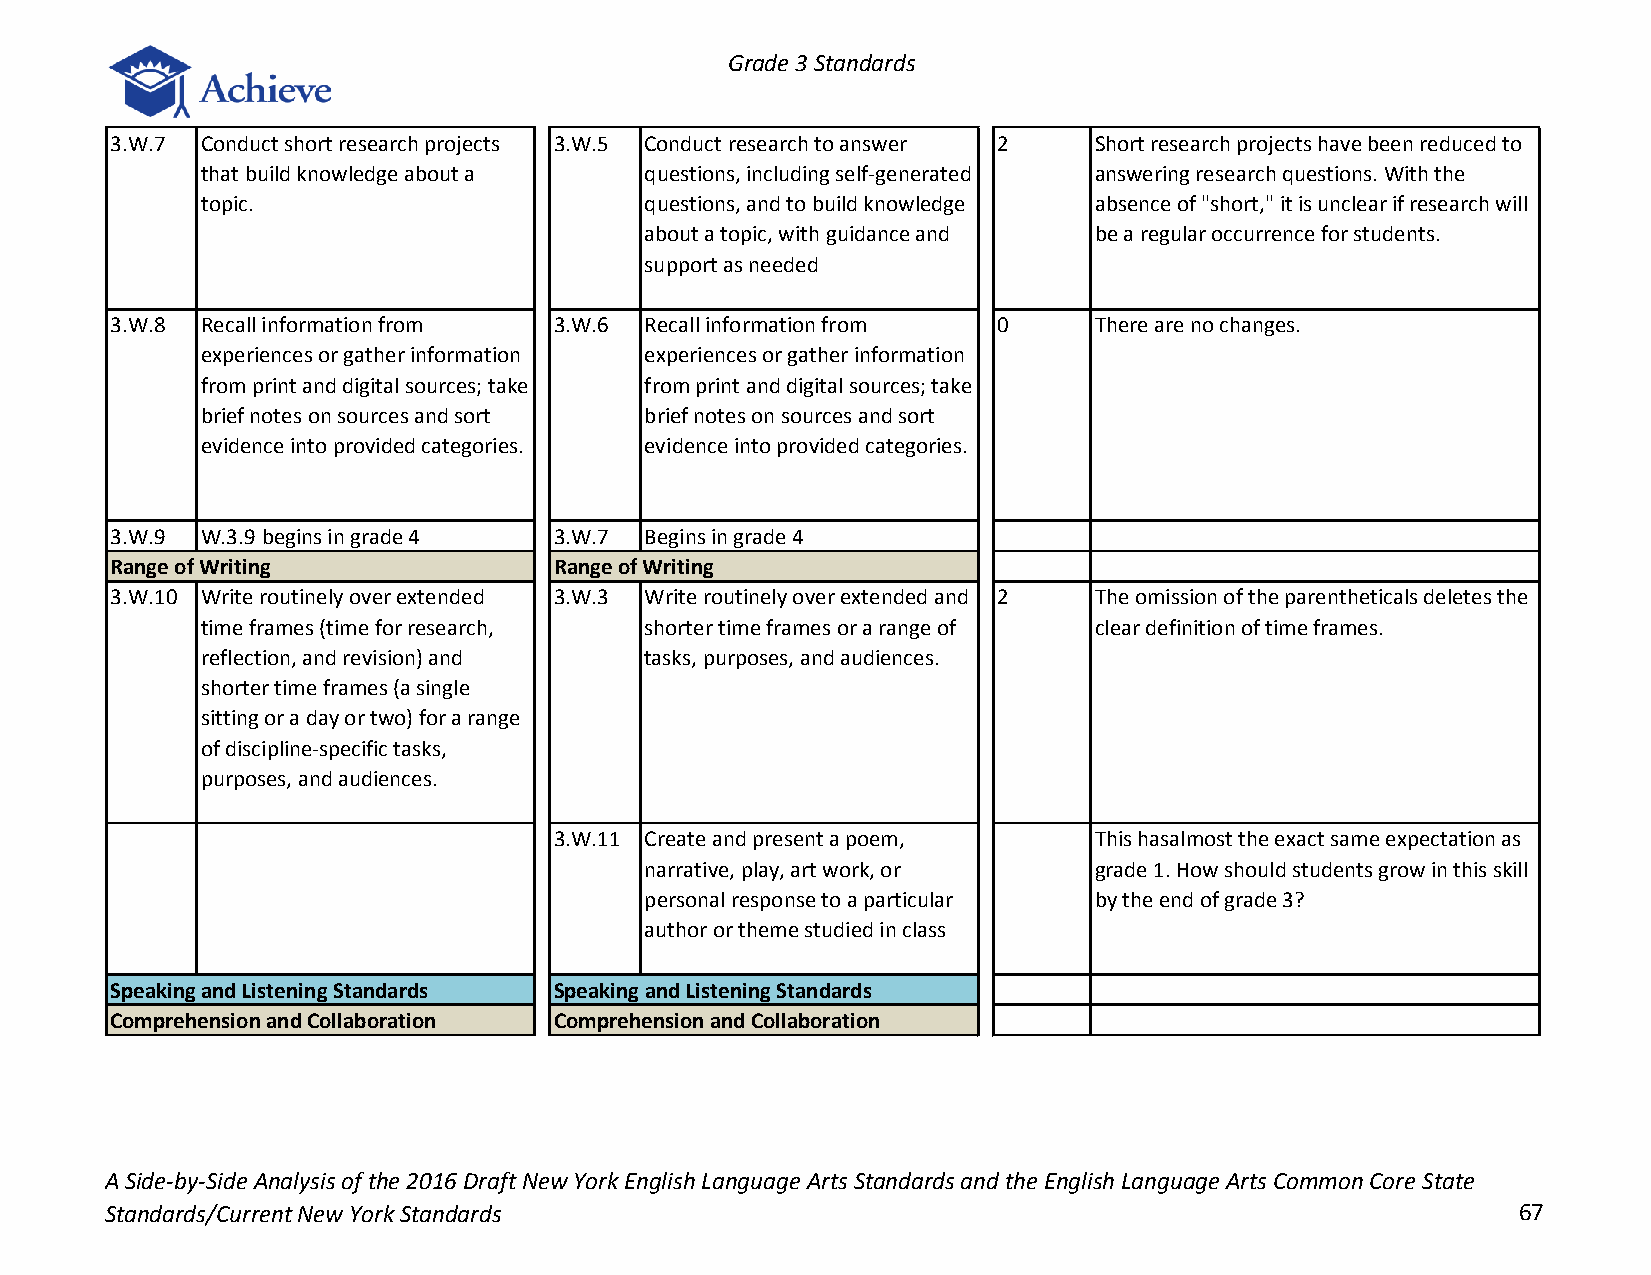
Grade 3 Standards
 3.W.7 Conduct short research projects 3.W.5 Conduct research to answer 2 Short research projects have been reduced to
 that build knowledge about a  questions, including self-generated answering research questions. With the
 topic.                        questions, and to build knowledge absence of "short," it is unclear if research will
 about a topic, with guidance and be a regular occurrence for students.
 support as needed
 3.W.8 Recall information from 3.W.6 Recall information from 0    There are no changes.
 experiences or gather information experiences or gather information
 from print and digital sources; take from print and digital sources; take
 brief notes on sources and sort brief notes on sources and sort
 evidence into provided categories. evidence into provided categories.
 3.W.9 W.3.9 begins in grade 4 3.W.7 Begins in grade 4
 Range of Writing              Range of Writing
 3.W.10 Write routinely over extended 3.W.3 Write routinely over extended and 2 The omission of the parentheticals deletes the
 time frames (time for research, shorter time frames or a range of clear definition of time frames.
 reflection, and revision) and tasks, purposes, and audiences.
 shorter time frames (a single
 sitting or a day or two) for a range
 of discipline-specific tasks,
 purposes, and audiences.
 3.W.11 Create and present a poem,  This hasalmost the exact same expectation as
 narrative, play, art work, or grade 1. How should students grow in this skill
 personal response to a particular by the end of grade 3?
 author or theme studied in class
 Speaking and Listening Standards Speaking and Listening Standards
 Comprehension and Collaboration Comprehension and Collaboration
 A Side-by-Side Analysis of the 2016 Draft New York English Language Arts Standards and the English Language Arts Common Core State
 Standards/Current New York Standards                                                         67